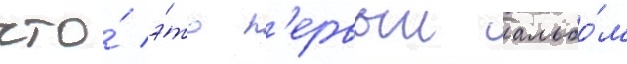
что́ э́то п'ервыи альбо́м